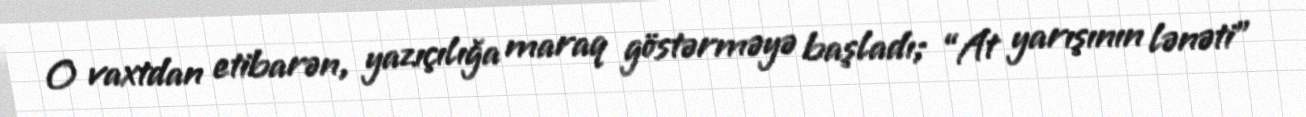
O vaxtdan etibarən, yazıçılığa maraq göstərməyə başladı; “At yarışının lənəti”